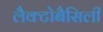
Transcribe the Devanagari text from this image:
लैक्टोबैसिली